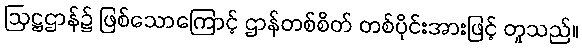
ဩဋ္ဌဌာန်၌ ဖြစ်သောကြောင့် ဌာန်တစ်စိတ် တစ်ပိုင်းအားဖြင့် တူသည်။